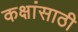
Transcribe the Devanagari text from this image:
कक्षांसाठी